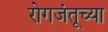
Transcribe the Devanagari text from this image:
रोगजंतूच्या